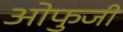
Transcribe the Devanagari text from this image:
ओफुजी